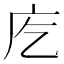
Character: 𭙐